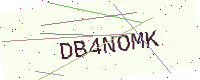
Text: DB4NOMK